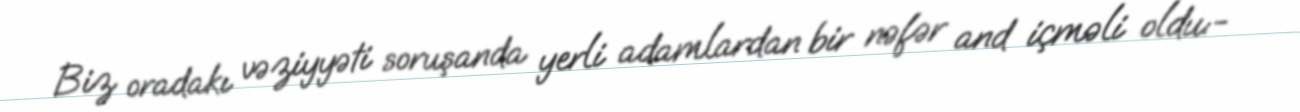
Biz oradakı vəziyyəti soruşanda yerli adamlardan bir nəfər and içməli oldu:-